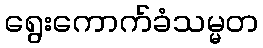
ရွေးကောက်ခံသမ္မတ